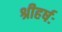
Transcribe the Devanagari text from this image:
श्रीहर्षः